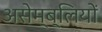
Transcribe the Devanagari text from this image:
असेम्ब्लियों